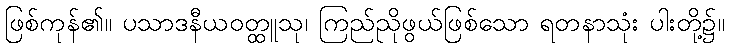
ဖြစ်ကုန်၏။ ပသာဒနီယဝတ္ထူသု၊ ကြည်ညိုဖွယ်ဖြစ်သော ရတနာသုံး ပါးတို့၌။